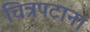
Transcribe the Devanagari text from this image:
चित्रपटाना